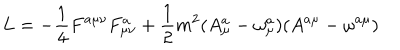
L = - \frac 1 4 F ^ { a \mu \nu } F _ { \mu \nu } ^ { a } + \frac 1 2 m ^ { 2 } ( A _ { \mu } ^ { a } - \omega _ { \mu } ^ { a } ) ( A ^ { a \mu } - \omega ^ { a \mu } )